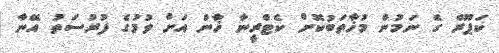
ކަޕޫރް ގެ ނަމުން މުޚާތަބުކޮށް ކެޓްރީނާ ޚާން އަށް ވުމުގެ ފުރުސަތު އޭނާ